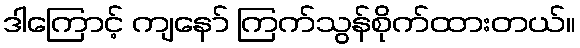
ဒါကြောင့် ကျနော် ကြက်သွန်စိုက်ထားတယ်။